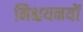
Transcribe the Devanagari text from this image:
निश्चयनयों